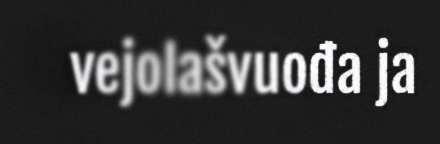
vejolašvuođa ja